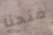
منحنا